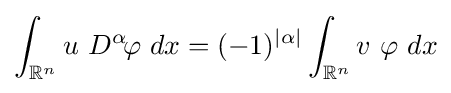
\int _{\mathbb {R} ^{n}}u\ D^{\alpha }\!\varphi \ dx=(-1)^{|\alpha |}\int _{\mathbb {R} ^{n}}v\ \varphi \ dx